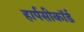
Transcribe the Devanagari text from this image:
हार्पसीकॉर्ड